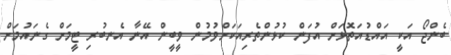
ބެންޖޯ އަކީ އައްޑުއަތޮޅަށް އުފަން ކުޅުންތެރިއަކަށްވުމުން ވީބީން އޭނާ އެނބުރި ޓީމަށް ގެނައުމަށް